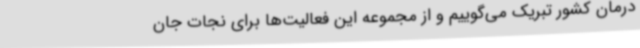
درمان کشور تبریک می‌گوییم و از مجموعه این فعالیت‌ها برای نجات جان